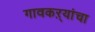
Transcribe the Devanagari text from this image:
गावकऱ्यांचा